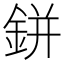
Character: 鉼